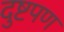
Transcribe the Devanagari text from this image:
दुष्टपण